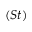
( S t )